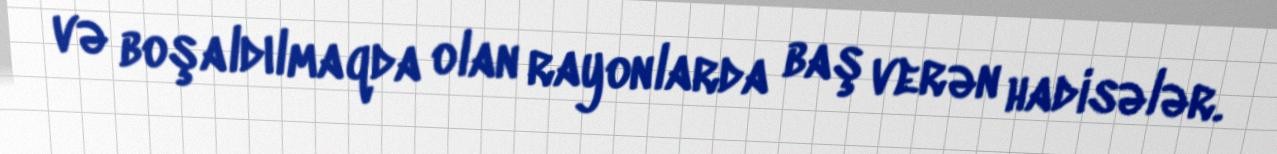
və boşaldılmaqda olan rayonlarda baş verən hadisələr.